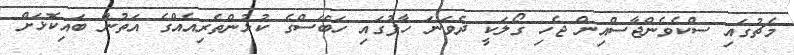
މެޗުގައި ސްކެވެންޖާސްއިން ޖެހި ގޯލަކީ ދެވަނަ ހާފުގައި ހަބޭސްގެ ކުޅުންތެރިއެއްގެ އަތުން ބައިކޮޅަށް